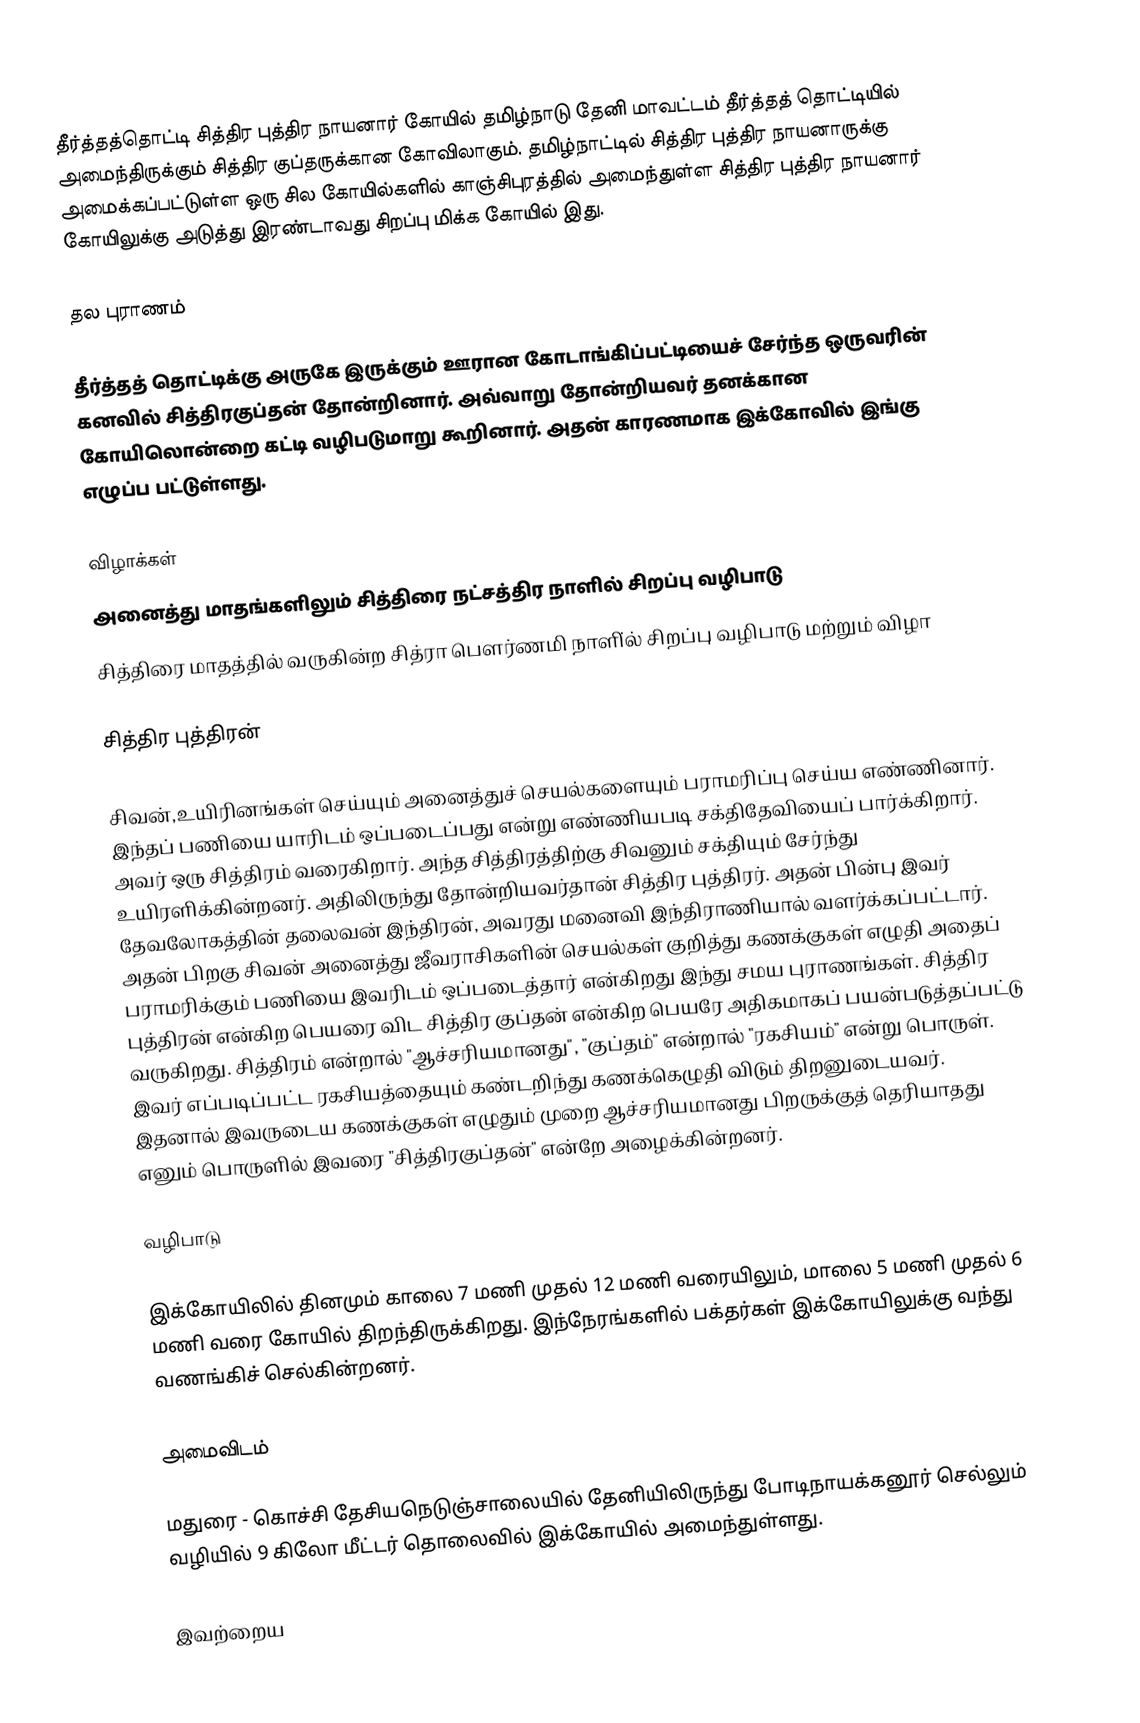
தீர்த்தத்தொட்டி சித்திர புத்திர நாயனார் கோயில் தமிழ்நாடு தேனி மாவட்டம் தீர்த்தத் தொட்டியில் அமைந்திருக்கும் சித்திர குப்தருக்கான கோவிலாகும். தமிழ்நாட்டில் சித்திர புத்திர நாயனாருக்கு அமைக்கப்பட்டுள்ள ஒரு சில கோயில்களில் காஞ்சிபுரத்தில் அமைந்துள்ள சித்திர புத்திர நாயனார் கோயிலுக்கு அடுத்து இரண்டாவது சிறப்பு மிக்க கோயில் இது.

தல புராணம்

தீர்த்தத் தொட்டிக்கு அருகே இருக்கும் ஊரான கோடாங்கிப்பட்டியைச் சேர்ந்த ஒருவரின் கனவில் சித்திரகுப்தன் தோன்றினார். அவ்வாறு தோன்றியவர் தனக்கான கோயிலொன்றை கட்டி வழிபடுமாறு கூறினார். அதன் காரணமாக இக்கோவில் இங்கு எழுப்ப பட்டுள்ளது.

விழாக்கள்
 அனைத்து மாதங்களிலும் சித்திரை நட்சத்திர நாளில் சிறப்பு வழிபாடு
 சித்திரை மாதத்தில் வருகின்ற சித்ரா பௌர்ணமி நாளி்ல் சிறப்பு வழிபாடு மற்றும் விழா

சித்திர புத்திரன்

சிவன்,உயிரினங்கள் செய்யும் அனைத்துச் செயல்களையும் பராமரிப்பு செய்ய எண்ணினார். இந்தப் பணியை யாரிடம் ஒப்படைப்பது என்று எண்ணியபடி சக்திதேவியைப் பார்க்கிறார். அவர் ஒரு சித்திரம் வரைகிறார். அந்த சித்திரத்திற்கு சிவனும் சக்தியும் சேர்ந்து உயிரளிக்கின்றனர். அதிலிருந்து தோன்றியவர்தான் சித்திர புத்திரர். அதன் பின்பு இவர் தேவலோகத்தின் தலைவன் இந்திரன், அவரது மனைவி இந்திராணியால் வளர்க்கப்பட்டார். அதன் பிறகு சிவன் அனைத்து ஜீவராசிகளின் செயல்கள் குறித்து கணக்குகள் எழுதி அதைப் பராமரிக்கும் பணியை இவரிடம் ஒப்படைத்தார் என்கிறது இந்து சமய புராணங்கள். சித்திர புத்திரன் என்கிற பெயரை விட சித்திர குப்தன் என்கிற பெயரே அதிகமாகப் பயன்படுத்தப்பட்டு வருகிறது. சித்திரம் என்றால் "ஆச்சரியமானது", "குப்தம்" என்றால் "ரகசியம்" என்று பொருள். இவர் எப்படிப்பட்ட ரகசியத்தையும் கண்டறிந்து கணக்கெழுதி விடும் திறனுடையவர். இதனால் இவருடைய கணக்குகள் எழுதும் முறை ஆச்சரியமானது பிறருக்குத் தெரியாதது எனும் பொருளில் இவரை "சித்திரகுப்தன்" என்றே அழைக்கின்றனர்.

வழிபாடு

 இக்கோயிலில் தினமும் காலை 7 மணி முதல் 12 மணி வரையிலும், மாலை 5 மணி முதல் 6 மணி வரை கோயில் திறந்திருக்கிறது. இந்நேரங்களில் பக்தர்கள் இக்கோயிலுக்கு வந்து வணங்கிச் செல்கின்றனர்.

அமைவிடம்

மதுரை - கொச்சி தேசியநெடுஞ்சாலையில் தேனியிலிருந்து போடிநாயக்கனூர் செல்லும் வழியில் 9 கிலோ மீட்டர் தொலைவில் இக்கோயில் அமைந்துள்ளது.

இவற்றைய